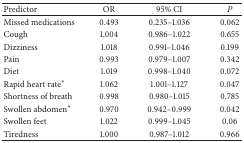
| Predictor | OR | 95% CI | P |
 | --- | --- | --- | --- |
 | Missed medications | 0.493 | 0.235–1.036 | 0.062 |
 | Cough | 1.004 | 0.986–1.022 | 0.655 |
 | Dizziness | 1.018 | 0.991–1.046 | 0.199 |
 | Pain | 0.993 | 0.979–1.007 | 0.342 |
 | Diet | 1.019 | 0.998–1.040 | 0.072 |
 | Rapid heart rate* | 1.062 | 1.001–1.127 | 0.047 |
 | Shortness of breath | 0.998 | 0.980–1.015 | 0.785 |
 | Swollen abdomen* | 0.970 | 0.942–0.999 | 0.042 |
 | Swollen feet | 1.022 | 0.999–1.045 | 0.06 |
 | Tiredness | 1.000 | 0.987–1.012 | 0.966 |